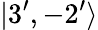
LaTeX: |3^{\prime},-2^{\prime}\rangle